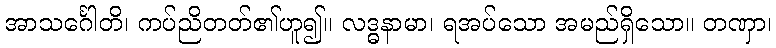
အာသင်္ဂေါတိ၊ ကပ်ညိတတ်၏ဟူ၍။ လဒ္ဓနာမာ၊ ရအပ်သော အမည်ရှိသော။ တဏှာ၊